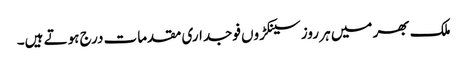
ملک بھر میں ہر روز سینکڑوں فوجداری مقدمات درج ہوتے ہیں۔